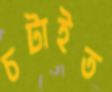
চটাইত